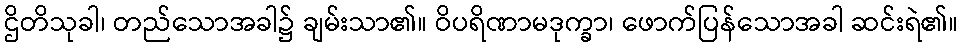
ဌိတိသုခါ၊ တည်သောအခါ၌ ချမ်းသာ၏။ ဝိပရိဏာမဒုက္ခာ၊ ဖောက်ပြန်သောအခါ ဆင်းရဲ၏။